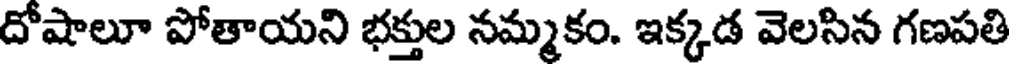
దోషాలూ పోతాయని భక్తుల నమ్మకం. ఇక్కడ వెలసిన గణపతి